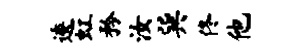
逶虹矜汝巽佟他